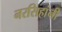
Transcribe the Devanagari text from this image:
नरसिहांनी